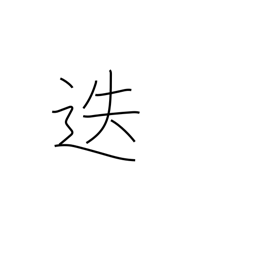
Meaning: transfer